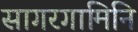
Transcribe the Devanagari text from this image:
सागरगामिनि